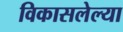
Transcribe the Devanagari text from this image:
विकासलेल्या